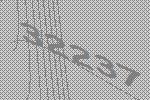
32237